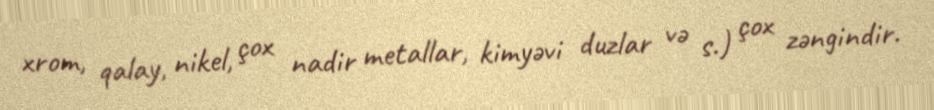
xrom, qalay, nikel, çox nadir metallar, kimyəvi duzlar və s.) çox zəngindir.